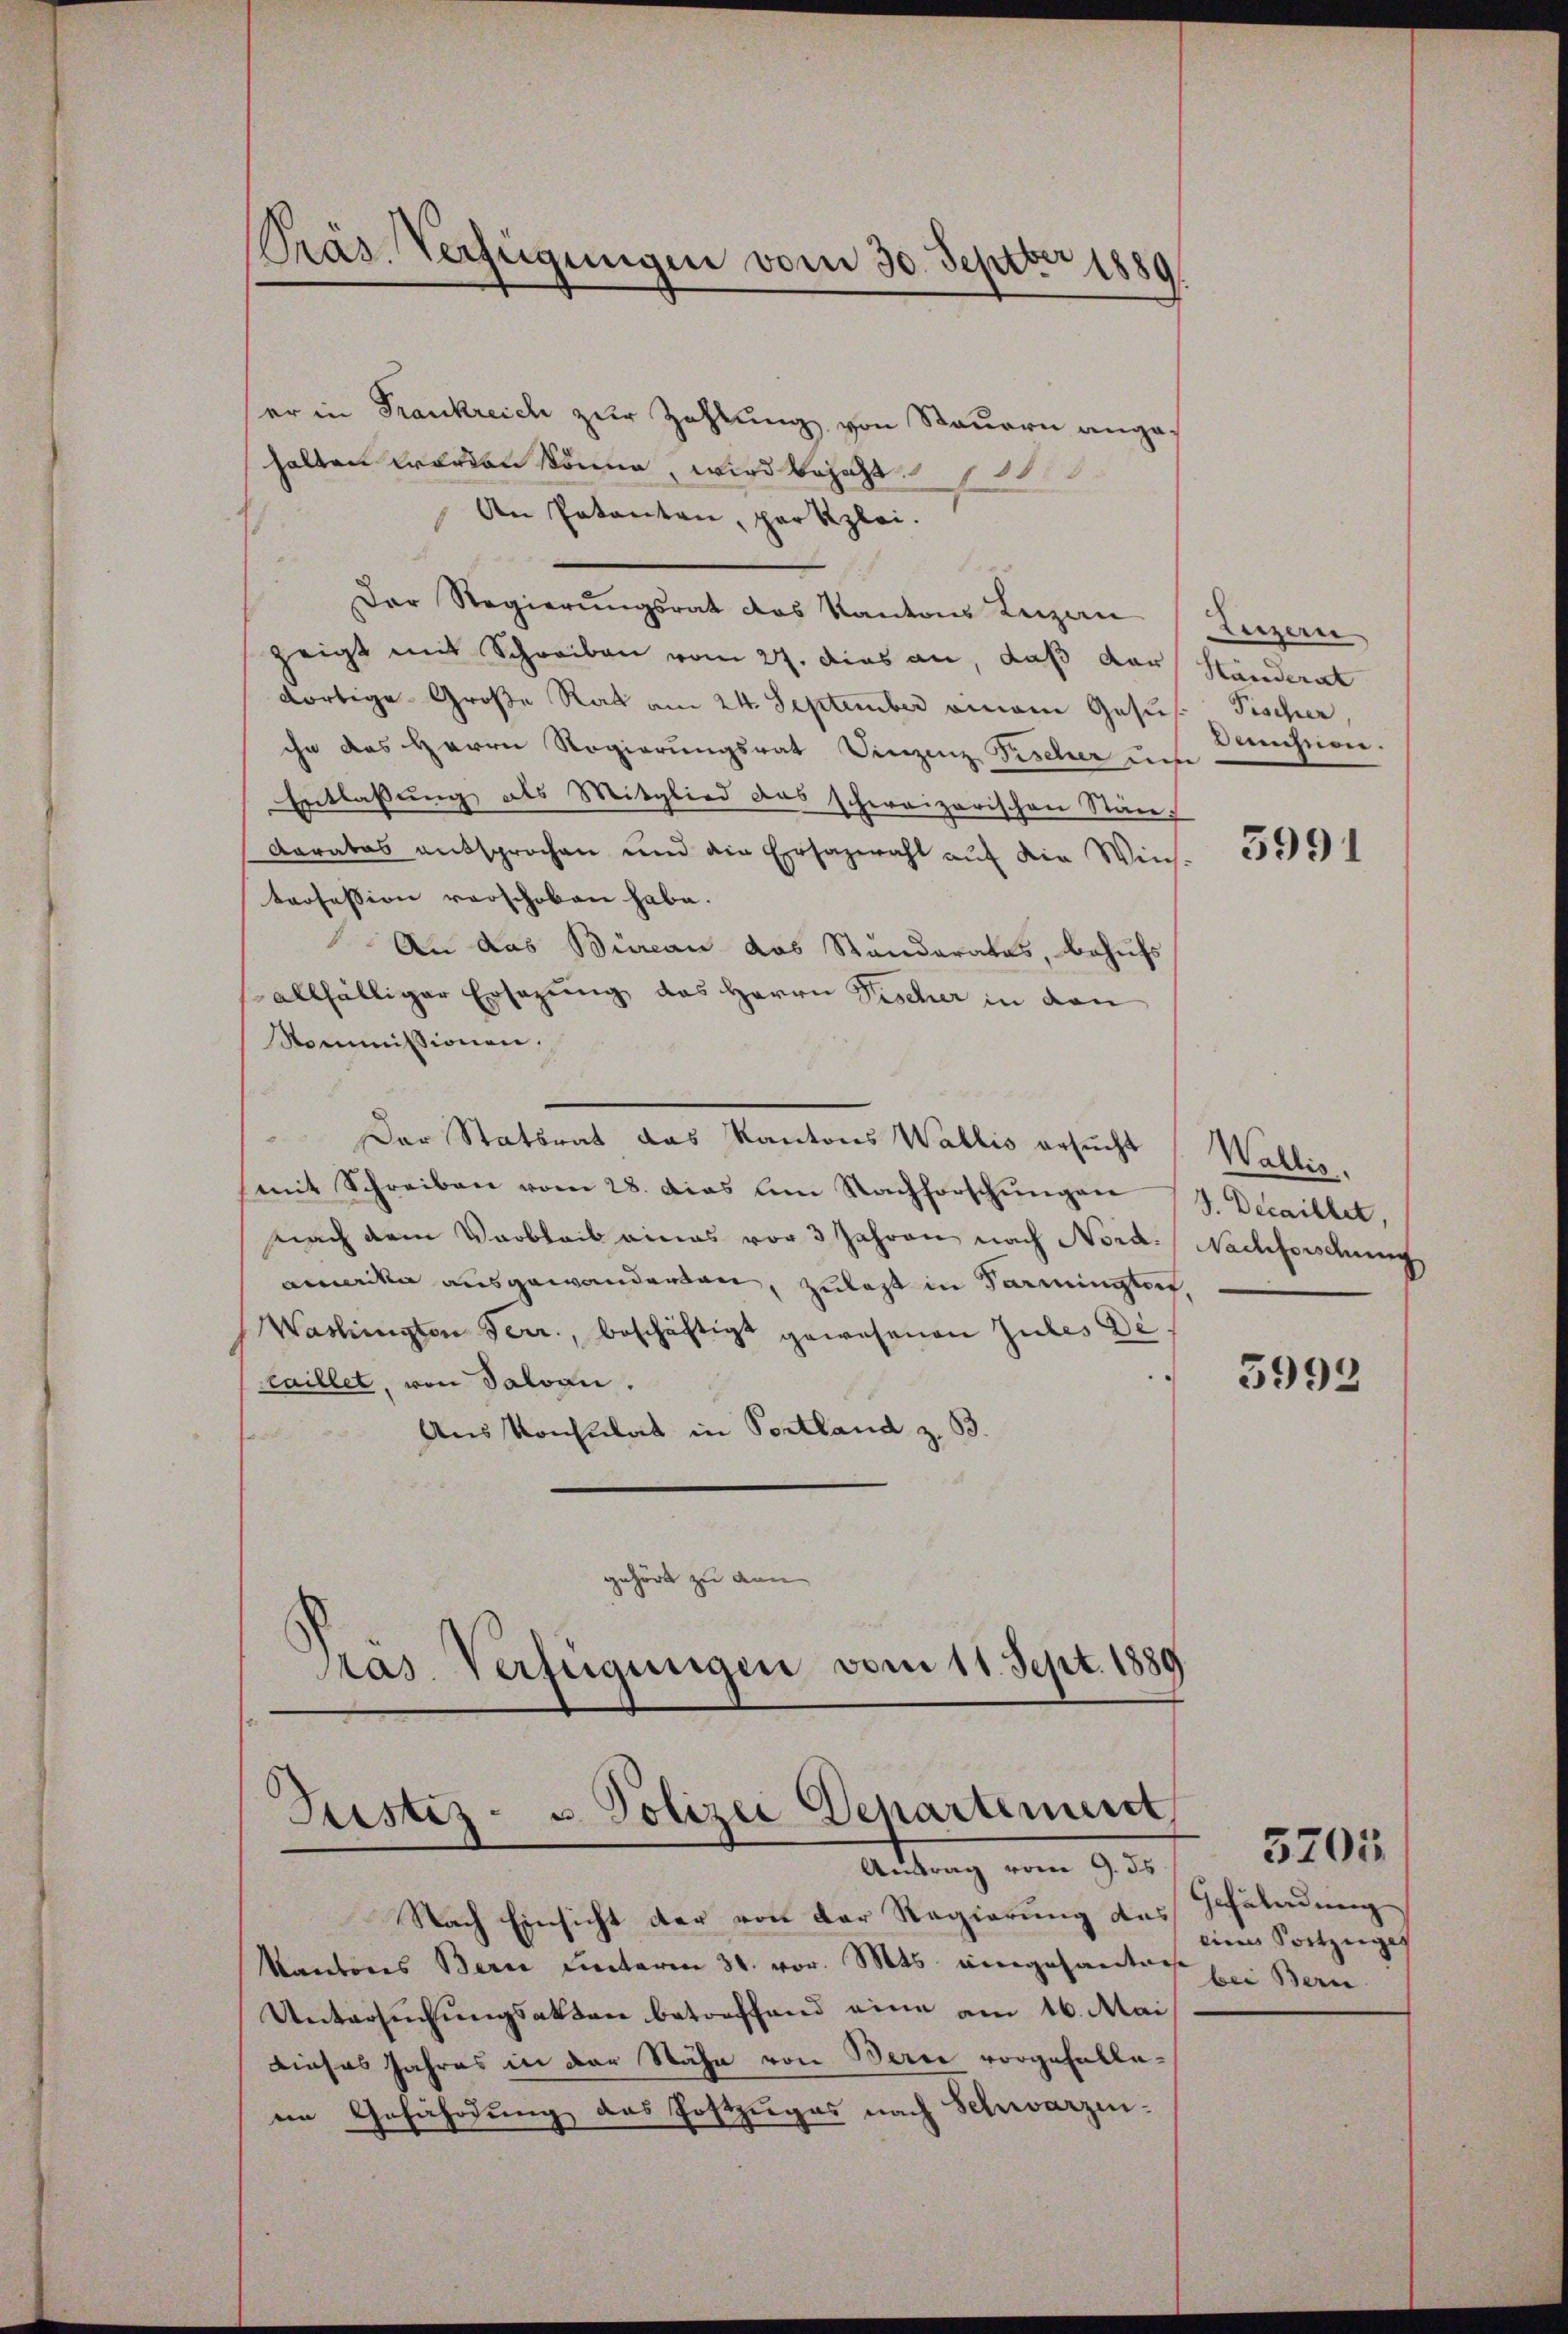
er in Frankreich zur Zahlung von Steuern angehalten worden könne, wird besagt
An Patenten, partzlei.
Der Regierŭngsrat des Kantons Luzan (Luzern
zeigt mit Schreiben vom 27. dies an, daß der Händerat
dortige Große Rat am 24. September einem Gesu
ihn das Herrn Regierungsrat Vinzenz Fischer diese
Entlassung als Mitglied das schweizerischen Stän-
Daratas entsprochen und ain Erhazwahl auf die Wins-
Profession verschoben habe.
An das Büreau das Standerates, behufs
allfälliger Ersezung das Herrn Fischer in den
Kommissionen.
Der Statsrat das Kantons Wallis ersucht
(mit Schreiben vom 28. Das am Nachforschŭngen J. Decaillet,
nach dem Verbleib eines vor 3 Jahren nach Nord. Nachforschung
amadka ausgewanderten, zulast in Sarmingten,
Washingten Terr., beschäftigt gewesenen Gutes Decaillet, von Saloan.
Aus Konsulat in Portland z. B.
gehört zu den |
ras. Verfügungen vom 11. Sept. 1889

Präs. Verfügungen vom 30. Septbr 1889

Justiz- u. Polizei Departement
Autrag vom 9. ds

Nach Einsicht der von der Regierung das
Kantons Bern unterm 31. vor. Mts. eingesanten
Untersuchungsakten betreffend eine am 16. Mai
Dieses Jahres in der Nähe von Berne vorgefalleein Gefährdung des Postzuges nach Schwarzen¬

Pischer
Aichnen.

5991

Wallis.

5992

Gefändung
Ain Portzuges
bei Bern.

3201